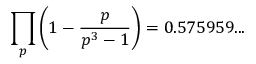
\prod _ { p } \left( 1 - { \frac { p } { p ^ { 3 } - 1 } } \right) = 0 . 5 7 5 9 5 9 . . .